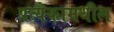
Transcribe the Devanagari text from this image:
प्रत्येकामधील